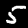
Digit: 5